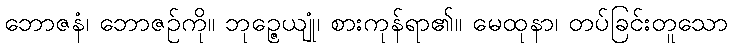
ဘောဇနံ၊ ဘောဇဉ်ကို။ ဘုဉ္ဇေယျုံ၊ စားကုန်ရာ၏။ မေထုနာ၊ တပ်ခြင်းတူသော